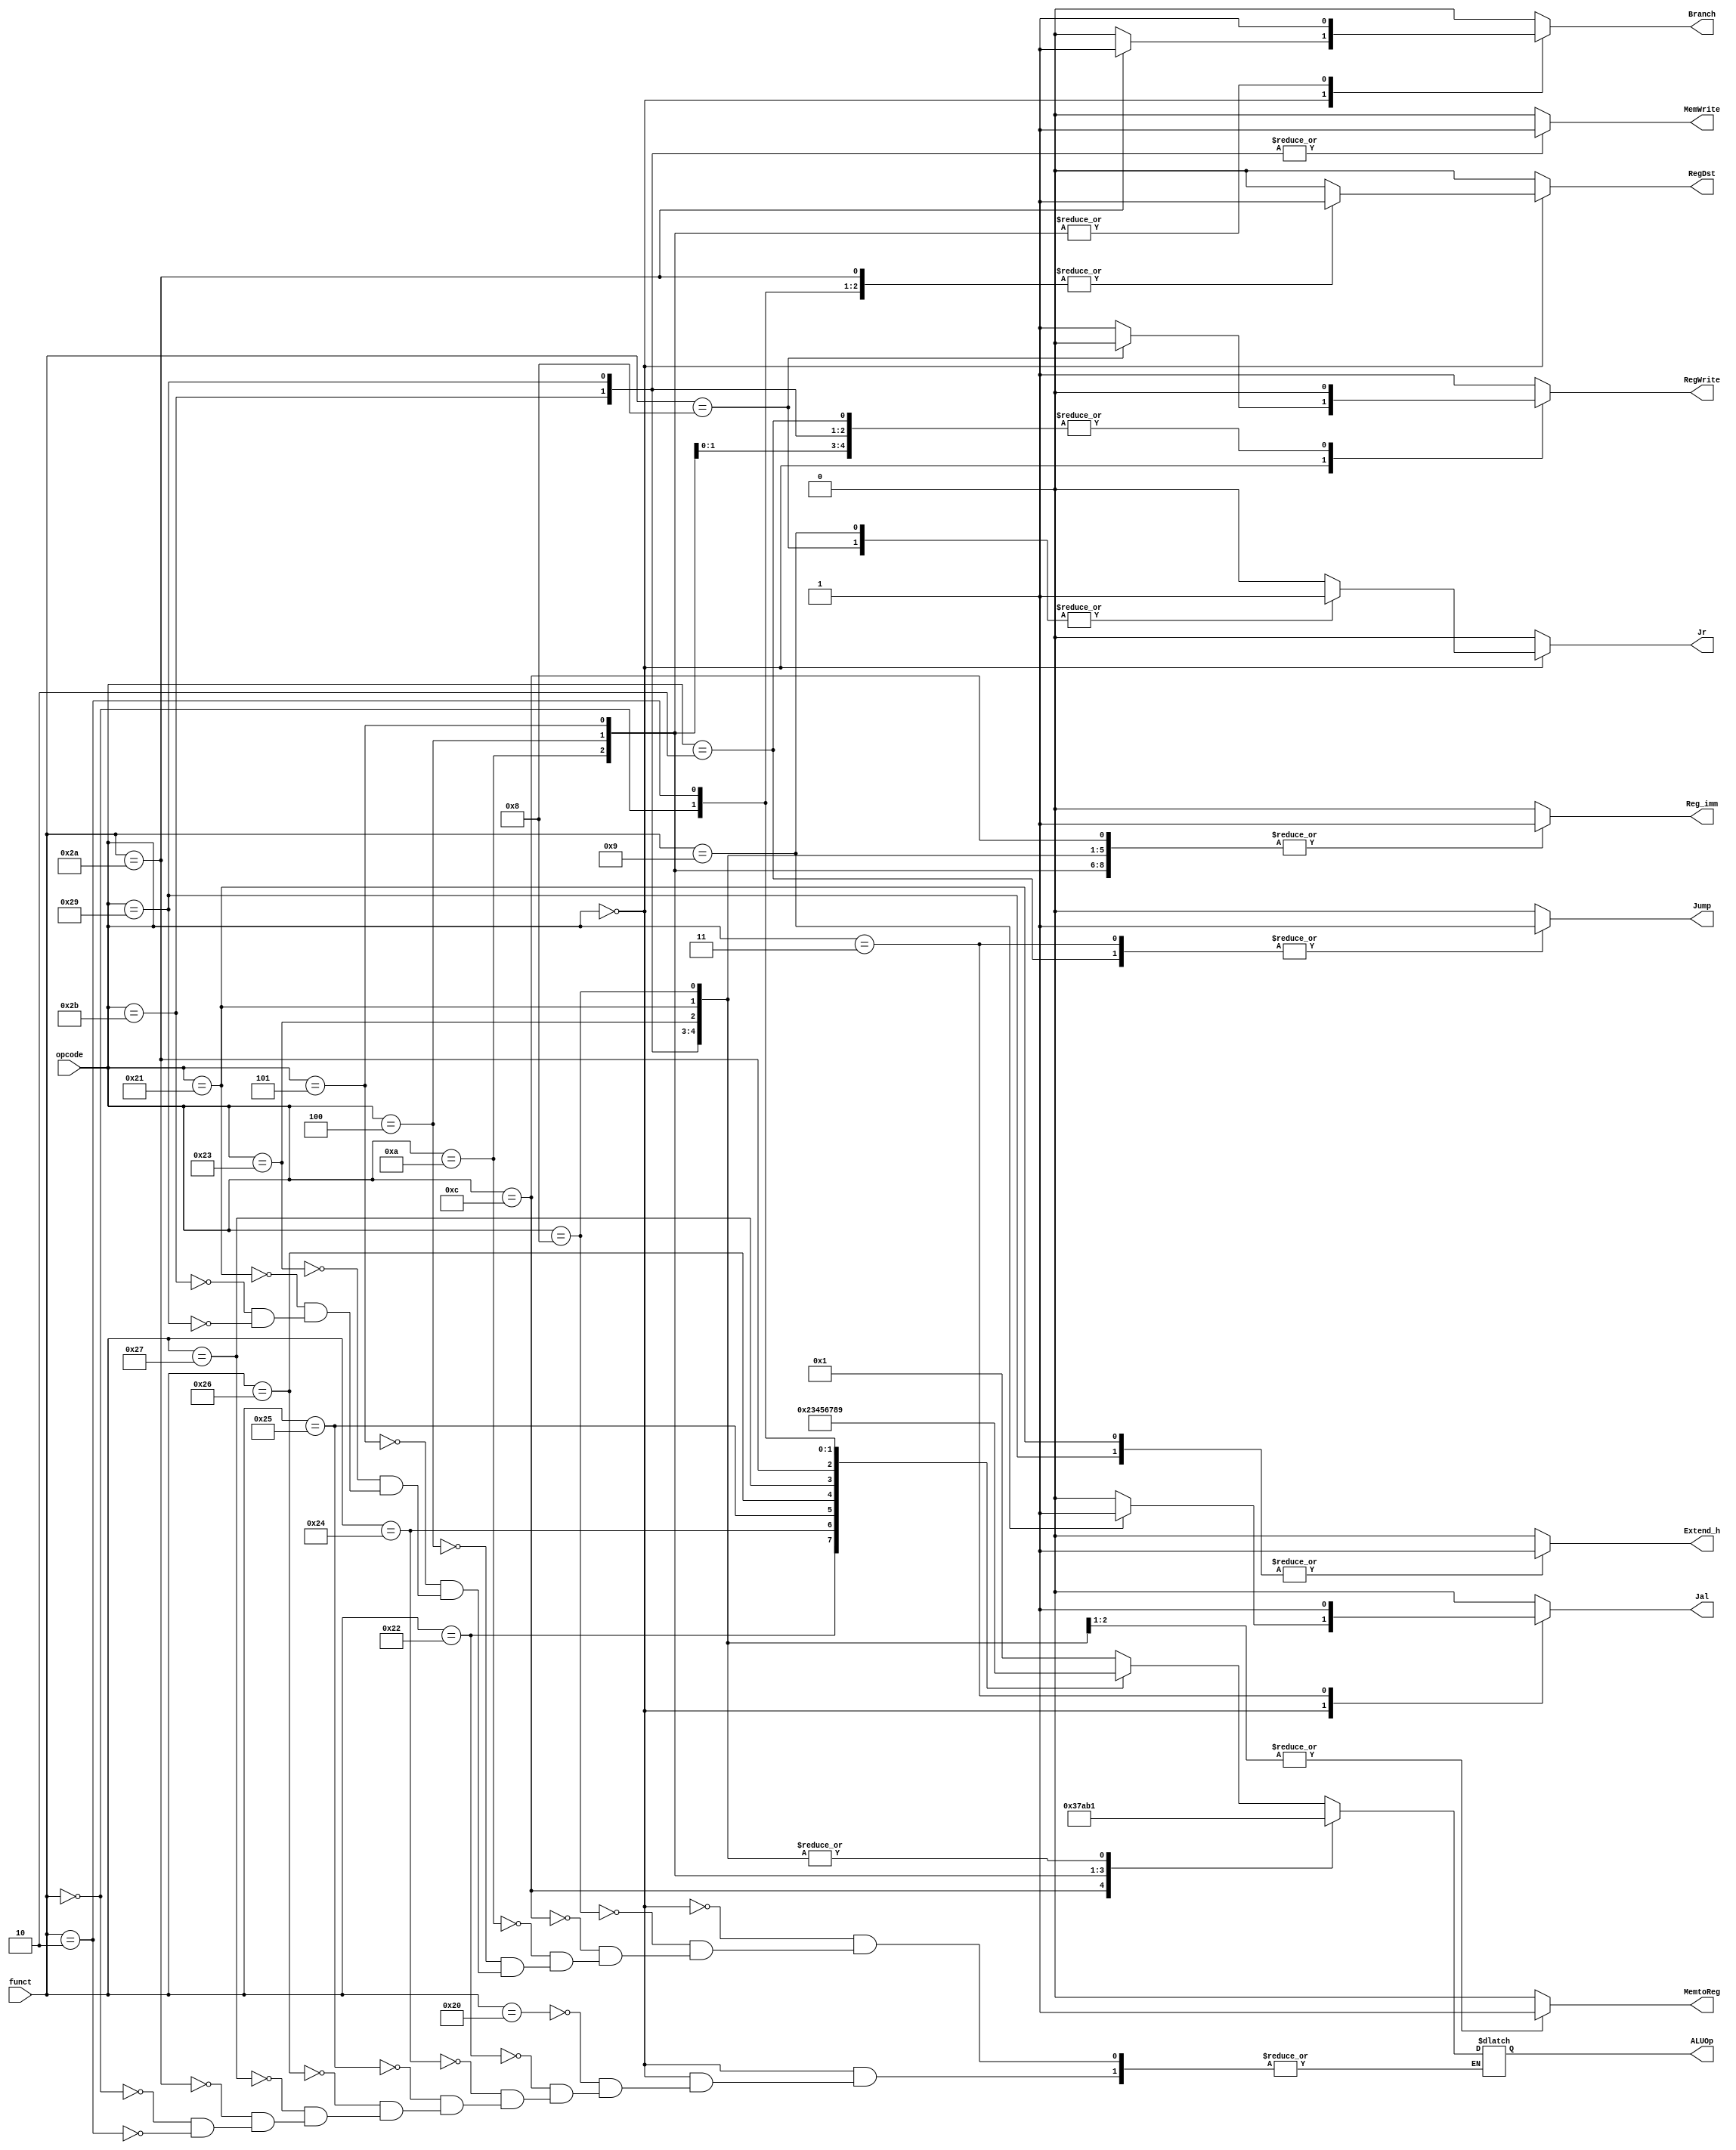
// Controller

module Controller ( opcode,
					funct,
					// write your code in here
					ALUOp,		//select ALU					
					Branch,		//beq,bne
					Jr,
					Jump,
					Jal,					
					MemWrite,	//write data into memory
					MemtoReg,	//read data from memory 
					RegWrite,	//Result=1,go to Regfile	
					RegDst,		//RegDst==1,write in rd,else write in rt										
					Extend_h,	//lh,sh
					Reg_imm);	//I-type

	input  [5:0] opcode;
    input  [5:0] funct;

	// write your code in here
	output [3:0] ALUOp;	
	output Branch, MemWrite, MemtoReg, RegWrite, Jr, Jump, Jal, RegDst, Extend_h, Reg_imm;
	
	reg [3:0] ALUOp;	
	reg Branch, MemWrite, MemtoReg, RegWrite, Jr, Jump, Jal, RegDst, Extend_h, Reg_imm;		
	
	always @ (*)
	begin		
		RegDst <= 0;
		Extend_h <= 0;
		Branch <= 0; 
		MemWrite <= 0;
		MemtoReg <= 0;
		RegWrite <= 1;
		Jr <= 0;
		Jump <= 0;
		Jal <= 0;
		Reg_imm <= 0;
		
		case(opcode)		
			6'b000000:	//R-type MIPS
			begin			
			case(funct)				
				6'b100000:					//add
				begin
					ALUOp = 4'b0001;
					RegDst <= 1;					
				end
				6'b100010:					//sub
				begin
					ALUOp = 4'b0010;					
					RegDst <= 1;
				end
				6'b100100:					//and
				begin
					ALUOp = 4'b0011;	
					RegDst <= 1;
				end
				6'b100101:					//or
				begin
					ALUOp = 4'b0100;
					RegDst <= 1;
				end
				6'b100110:					//xor
				begin
					ALUOp = 4'b0101;
					RegDst <= 1;
				end	
				6'b100111:					//nor
				begin
					ALUOp = 4'b0110;	
					RegDst <= 1;
				end
				6'b101010:					//slt
				begin
					ALUOp = 4'b0111;
					RegDst <= 1;
					Branch <= 1;
				end
				6'b000000:					//shift left
				begin
					ALUOp = 4'b1000;	
					RegDst <= 1;
				end
				6'b000010:					//shift right
				begin
					ALUOp = 4'b1001;	
					RegDst <= 1;
				end	
				6'b001000:					//jr
				begin						
					RegWrite <= 0;
					Jr <= 1;										
				end
				6'b001001:					//jalr
				begin						
					Jr <= 1;					
					Jal <= 1;
				end
			endcase	
			end		
			
			//I-type MIPS
			6'b001000:		//addi
			begin			
				ALUOp <= 4'b0001;
				RegDst <= 0;
				Reg_imm <= 1;
			end
			6'b001100:		//andi
			begin
				ALUOp <= 4'b0011;
				RegDst <= 0;
				Reg_imm <= 1;
			end
			6'b001010:		//slti
			begin
				ALUOp <= 4'b0111;
				RegDst <= 0;
				Branch <= 1;	
				Reg_imm <= 1;				
			end
			6'b000100:		//beq
			begin
				ALUOp <= 4'b1010;
				RegDst <= 0;
				Branch <= 1;	
				RegWrite <= 0;		
				Reg_imm <= 1;	
			end
			6'b000101:		//bne
			begin
				ALUOp <= 4'b1011;	
				RegDst <= 0;
				Branch <= 1;
				RegWrite <= 0;			
				Reg_imm <= 1;	
			end
			6'b100011:		//lw
			begin	
				ALUOp <= 4'b0001; 	
				MemtoReg <= 1;				
				RegDst <= 0;
				Reg_imm <= 1;
			end
			6'b100001:		//lh
			begin
				ALUOp <= 4'b0001; 				
				MemtoReg <= 1;				
				RegDst <= 0;
				Extend_h <= 1;
				Reg_imm <= 1;
			end			
			6'b101011:		//sw
			begin		
				ALUOp <= 4'b0001; 
				MemWrite <= 1;				
				RegWrite <= 0;	
				Reg_imm <= 1;
			end
			6'b101001:		//sh
			begin	
				ALUOp <= 4'b0001;				
				MemWrite <= 1;				
				RegWrite <= 0;				
				Extend_h <= 1;
				Reg_imm <= 1;
			end
			
			//J-type MIPS
			6'b000010:		//j
			begin					
				RegWrite <= 0;	
				Jump <= 1;		
			end
			6'b000011:		//jal
			begin					
				Jump <= 1;
				Jal <= 1;					
			end	
		endcase
	end
	
endmodule